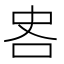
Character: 𪠷